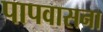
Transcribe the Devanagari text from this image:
पापवासना